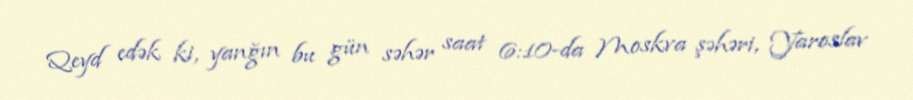
Qeyd edək ki, yanğın bu gün səhər saat 6:10-da Moskva şəhəri, Yaroslav